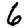
Digit: 6